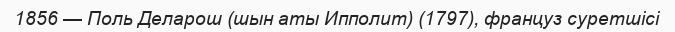
1856 — Поль Деларош (шын аты Ипполит) (1797), француз суретшісі